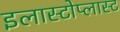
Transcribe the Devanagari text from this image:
इलास्टोप्लास्ट